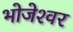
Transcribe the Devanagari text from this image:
भोजेश्‍वर